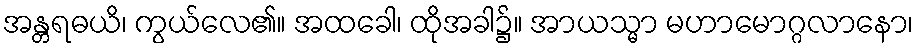
အန္တရဓယိ၊ ကွယ်လေ၏။ အထခေါ၊ ထိုအခါ၌။ အာယသ္မာ မဟာမောဂ္ဂလာနော၊